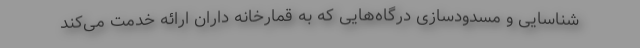
شناسایی و مسدودسازی درگاه‌هایی که به قمارخانه داران ارائه خدمت می‌کند